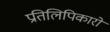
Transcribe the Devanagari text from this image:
प्रतिलिपिकारों